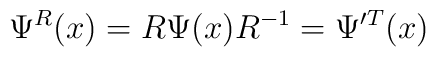
\Psi^R(x)=R \Psi(x) R^{-1}=\Psi'^{T}(x)